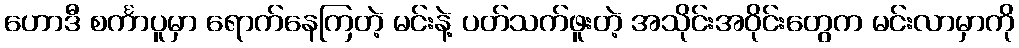
ဟောဒီ စင်္ကာပူမှာ ရောက်နေကြတဲ့ မင်းနဲ့ ပတ်သက်ဖူးတဲ့ အသိုင်းအဝိုင်းတွေက မင်းလာမှာကို